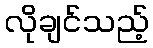
လိုချင်သည့်